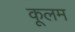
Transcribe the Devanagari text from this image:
कूलम